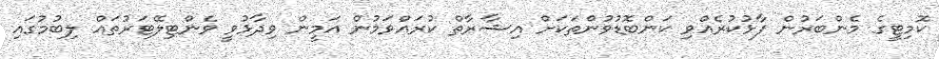
ކޮމިޓީގެ މެންބަރުން ފާޅުކުރެއްވި ކަންބޮޑުވުންތަކަށް އިޝާރާތް ކުރައްވަމުން އަމީން ވިދާޅުވީ ވެންޓިލޭޓަރުތައް ލިބުމުގައި